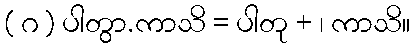
( ဂ ) ပါတွာ.ကာသိ = ပါတု + ၊ ကာသိ။